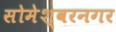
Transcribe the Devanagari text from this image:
सोमेश्वरनगर